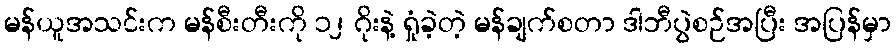
မန်ယူအသင်းက မန်စီးတီးကို ၁၂ ဂိုးနဲ့ ရှုံခဲ့တဲ့ မန်ချက်စတာ ဒါဘီပွဲစဉ်အပြီး အပြန်မှာ